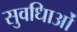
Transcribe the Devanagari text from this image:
सुवधिाओं